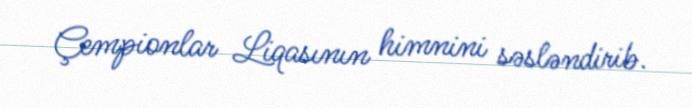
Çempionlar Liqasının himnini səsləndirib.